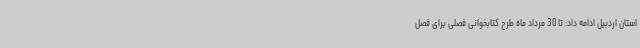
استان اردبیل ادامه داد: تا 30 مرداد ماه طرح کتابخوانی فصلی برای فصل